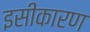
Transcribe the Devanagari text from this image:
इसीकारण